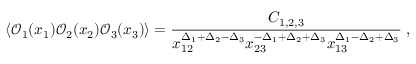
\langle \mathcal { O } _ { 1 } ( x _ { 1 } ) \mathcal { O } _ { 2 } ( x _ { 2 } ) \mathcal { O } _ { 3 } ( x _ { 3 } ) \rangle = \frac { C _ { 1 , 2 , 3 } } { x _ { 1 2 } ^ { \Delta _ { 1 } + \Delta _ { 2 } - \Delta _ { 3 } } x _ { 2 3 } ^ { - \Delta _ { 1 } + \Delta _ { 2 } + \Delta _ { 3 } } x _ { 1 3 } ^ { \Delta _ { 1 } - \Delta _ { 2 } + \Delta _ { 3 } } } \; ,